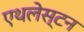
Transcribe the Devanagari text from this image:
एथलेस्टन